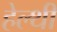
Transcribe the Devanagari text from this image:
हेल्थी